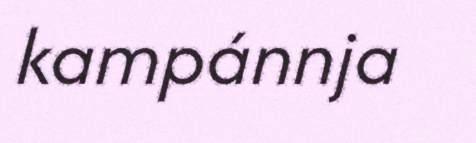
kampánnja